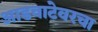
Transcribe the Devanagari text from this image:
आडवाटेवरचा